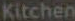
Kitchen